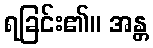
ရခြင်း၏။ အန္တ